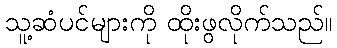
သူ့ဆံပင်များကို ထိုးဖွလိုက်သည်။